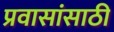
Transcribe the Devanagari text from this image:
प्रवासांसाठी